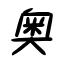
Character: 奥